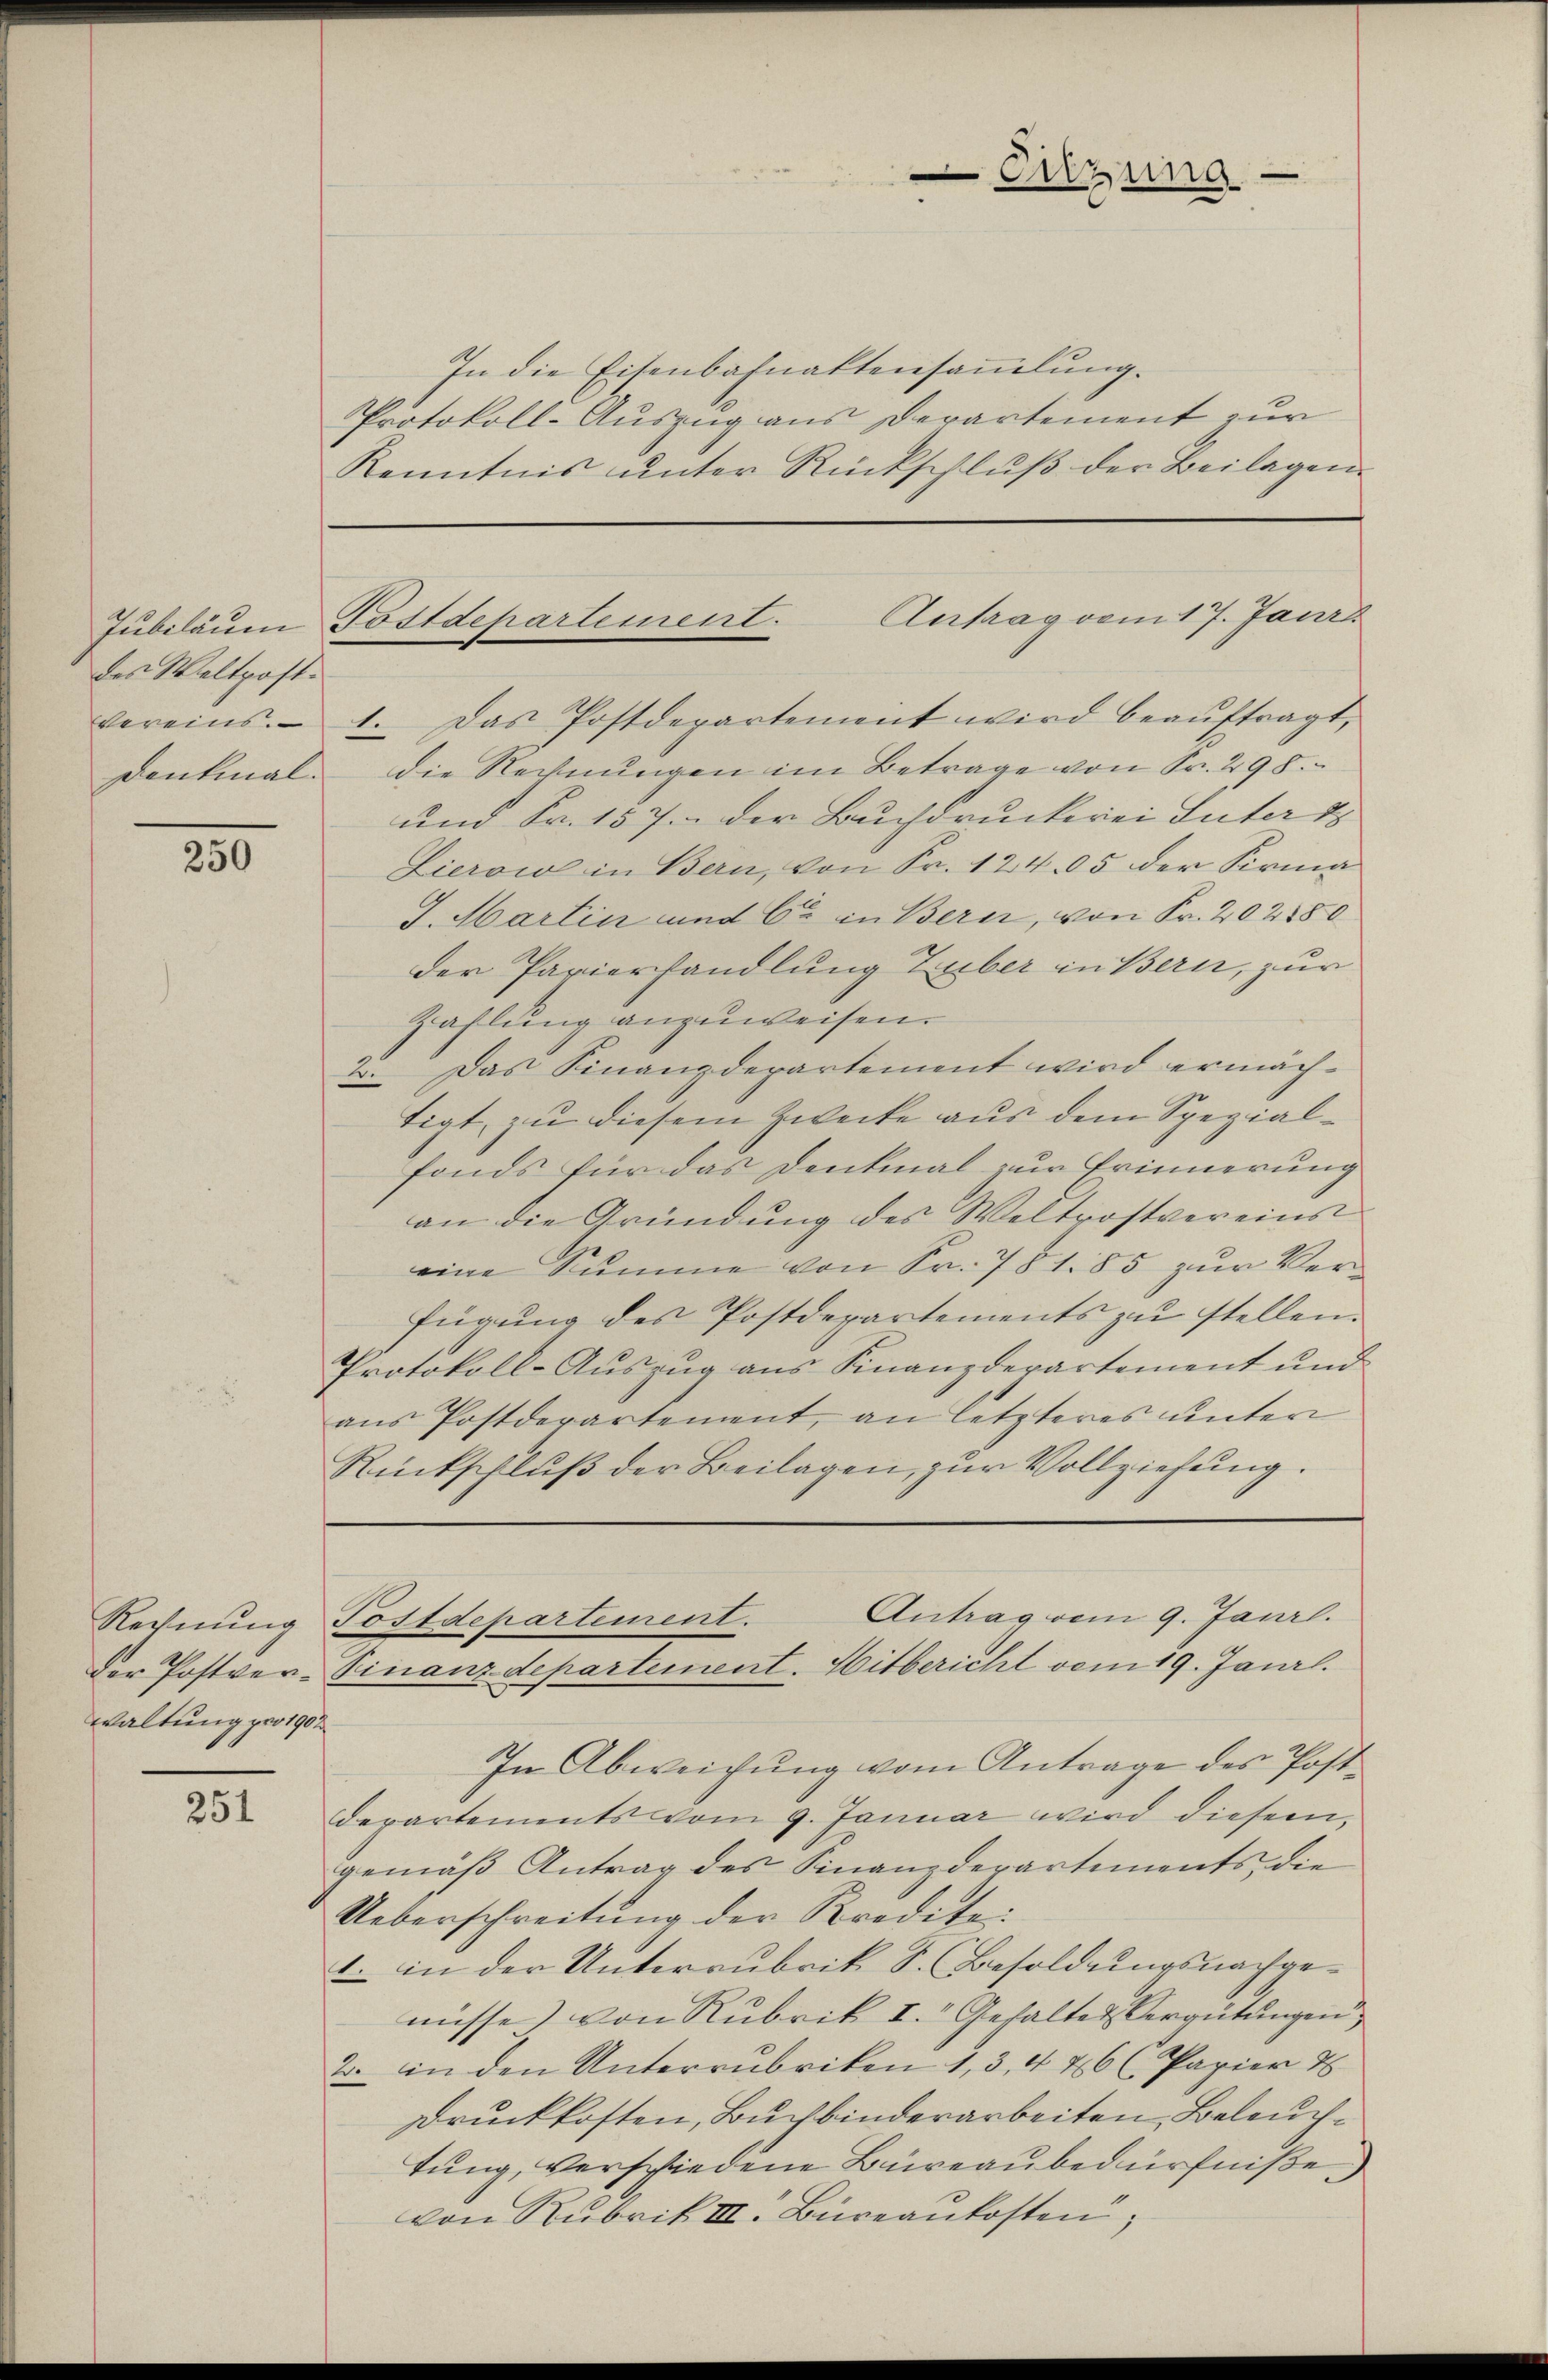
des Waltpost.

250

waltung pro 1902

251

In die Eisenbahnaktensammlung.
Protokoll-Auszug aus Departement zur
Kenntnis ŭnter Rückschlŭβ der Beilagen

vereins. 1. Das Postdepartement wird beaŭftragt,
Denkmal. Die Rechnŭngen im Betrage von Fr. 298.
und Fr. 157. Der Buchdruckerei Inter 18
Lierow in Bern, von Fr. 12405 der Sirma
J. Martin und Cre in Bern, von Fr. 202180
der Parierhandlung Zuber in Bern, zur
Zahlung anzuweisen.
2. Das Finanzdepartement wird ermächtigt, zu diesem Zwecke aus dem Spezialfonds für das Denkmal zur Erinnerung
an die Gründung des Weltrostvereins
eine Summe von Sr. 781. 85 zur Verfügung des Postdepartements zu stellen.
Protokoll-Auszug aus Finanzdepartement und
ans Postderartement, an letzteres ŭnter
Rückschluß der Beilagen, zur Vollziehung.

Enizung

Antrag vom 17. Janis
Jubiläum Postdepartement.

Antrag vom 9. Janrl.
Rechnung Postdepartement.
der Postver-Finanzdepartement. Hitbericht vom 19. Janr.

In Abweichung vom Antrage des Post¬
Departements vom 9. Januar wird diesem,
gemäß Antrag des Finanzdepartements die
Ueberschreitung der Kredite
b. in der Unterrubrik S. Besoldungsnachgenüsse) von Rubrik I. Gehalte Vergütungen
2. in den Unterrubriken 1, 3, 446 (Papier 2
Druckkosten, Buchbinderarbeiten, Beleuchtung, verschiedene Büreaubedürfniße.)
von Rubrik III. Büreankosten,